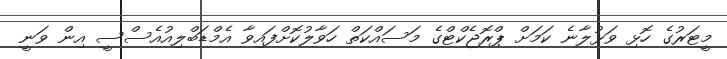
މީޓަރުގެ ހޮޅި ވަޅުލާނެ ކަމަށް ޕްރޮޖެކްޓްގެ މަސައްކަތް ހަވާލުކޮށްފައިވާ އެމްޑަބްލިއުއެސްސީ އިން ވަނީ